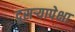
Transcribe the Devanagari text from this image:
दूसर्‍यापेक्षा